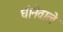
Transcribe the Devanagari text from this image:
धोनेवाले